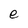
Character: e